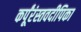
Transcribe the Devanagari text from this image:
कर्पूंरंस्तवदीपिका